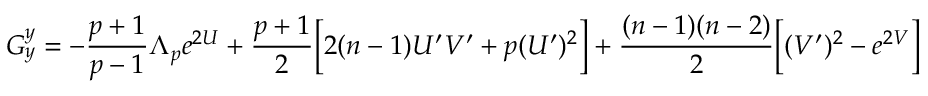
G _ { y } ^ { y } = - \frac { p + 1 } { p - 1 } \Lambda _ { p } e ^ { 2 U } + \frac { p + 1 } { 2 } \Big [ 2 ( n - 1 ) U ^ { \prime } V ^ { \prime } + p ( U ^ { \prime } ) ^ { 2 } \Big ] + \frac { ( n - 1 ) ( n - 2 ) } { 2 } \Big [ ( V ^ { \prime } ) ^ { 2 } - e ^ { 2 V } \Big ]